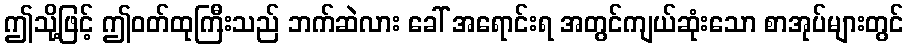
ဤသို့ဖြင့် ဤဝတ်ထုကြီးသည် ဘက်ဆဲလား ခေါ် အရောင်းရ အတွင်ကျယ်ဆုံးသော စာအုပ်များတွင်